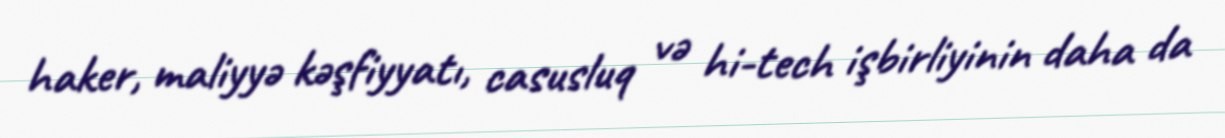
haker, maliyyə kəşfiyyatı, casusluq və hi-tech işbirliyinin daha da